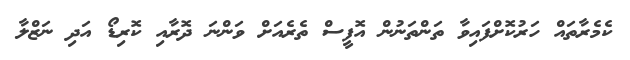
ކެމެރާތައް ހަރުކޮށްފައިވާ ތަންތަނުން އޮފީސް ތެރެއަށް ވަންނަ ދޮރާއި ކޮރިޑޯ އަދި ނަޒްލާ